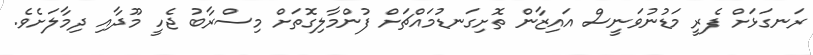
ރަނގަޅަށް ފެރީ މަޑުނުވަނީސް އައިޒާން ތޮށިގަނޑުމައްޗަށް ފުންމާލިގޮތަށް މިސްރާބު ޖެހީ މޫދާއި ދިމާލަށެވެ.